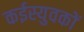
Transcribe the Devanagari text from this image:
कईस्युवकों